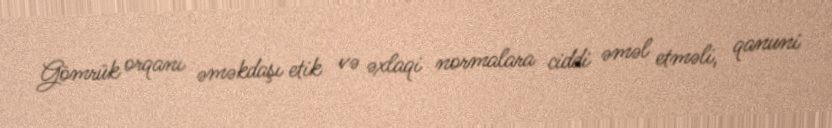
Gömrük orqanı əməkdaşı etik və əxlaqi normalara ciddi əməl etməli, qanuni